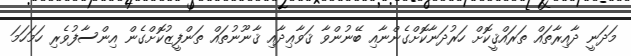
މަދަނީ ދާއިރާތައް ތަރައްޤީކޮށް ހަރުދަނާކޮށްގެންނާއި ބޭނުންވާ ޤަވާޢިދާއި ޤާނޫނުތައް ތަންފީޒުކޮށްގެން އިންސާފުވެރި ހަމަހަމަ